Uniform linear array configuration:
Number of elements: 4
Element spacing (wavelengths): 1
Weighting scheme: binomial
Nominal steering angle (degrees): -30
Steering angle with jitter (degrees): -30.152
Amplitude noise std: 0.05
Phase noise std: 0.05

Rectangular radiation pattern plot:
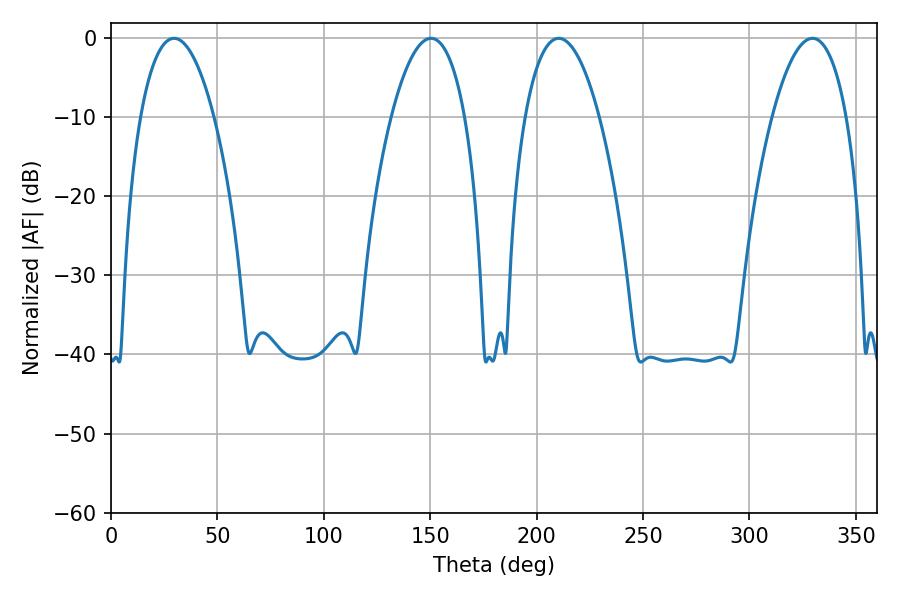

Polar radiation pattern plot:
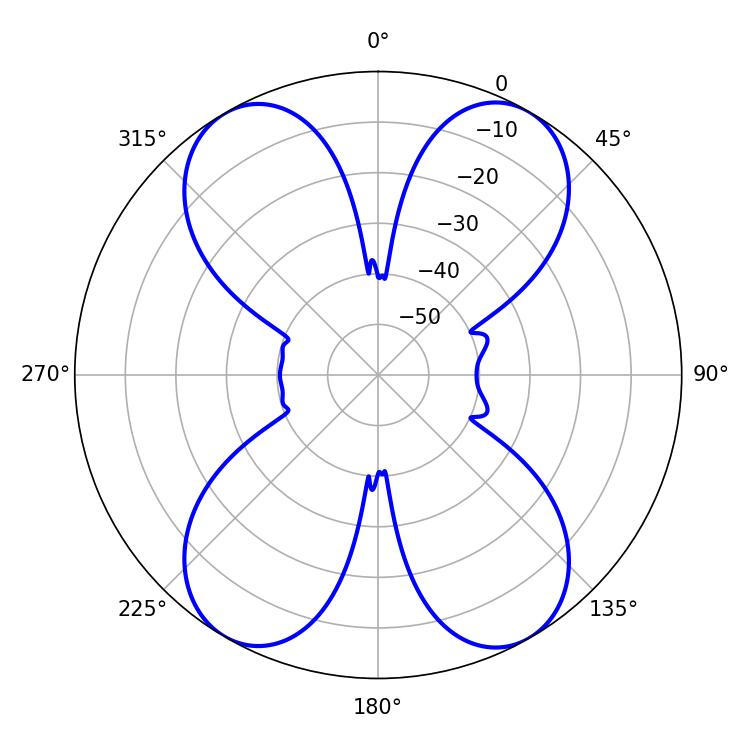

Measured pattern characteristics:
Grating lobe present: TRUE
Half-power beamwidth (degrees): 19.62
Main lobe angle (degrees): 210.42